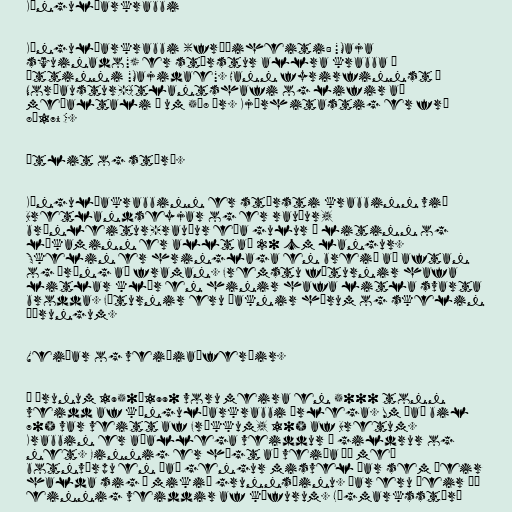
Köngulóarkrabbi

Kóngulóarkrabbi (fræðiheiti: "Maja
squinado") er stærstur allra krabba í
ættinni "Majidae". Hann fyrirfinnst í
Norðaustur-Atlantshafi og lifir að
meðaltali í um 5–8 ár. Kjörhitastig er frá
8–17° C.

Útlit og stærð.

Kóngulóakrabbinn er stærsti krabbinn við
Bretlandseyjar og er rauður,
brúnleitur-rauður eða gulur á litinn og
líkaminn er allt að 20 cm langur.
Skelin er hringlaga en breið að aftan
og þröng að framan. Fremstu fæturnir hafa
litlar klær en hinir hafa litla svarta
brodda. Fæturnir eru þaknir hárum og skelin
þörungum.

Veiðar og veiðiaðferðir.

Á árunum 1950–1990 voru meira en 5000 tonn
veidd af kóngulóarkrabbi árlega. Um það bil
70% var veitt af Frökkum, 10% af Bretum.
Krabbin er aðallega veiddur í gildrur og
net. Einnig er hægt að veiða þá með
botnvörpu en það gengur misvel þar sem þeir
halda sig á mikið grunnsæinu. Þar eru þeir þó
einnig veiddir af köfurum. Lágmarksstærð